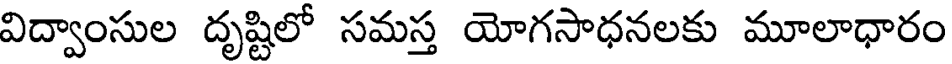
విద్వాంసుల దృష్టిలో సమస్త యోగసాధనలకు మూలాధారం